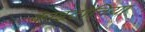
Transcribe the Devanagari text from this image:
काइटोनिया